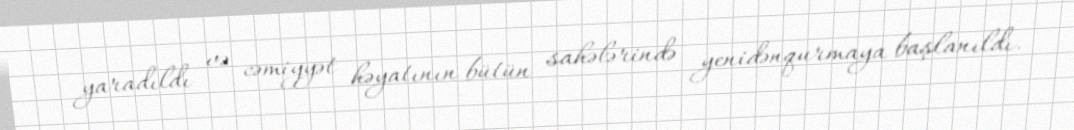
yaradıldı və cəmiyyət həyatının bütün sahələrində yenidənqurmaya başlanıldı.